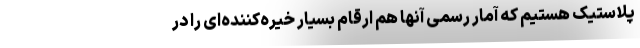
پلاستیک هستیم که آمار رسمی آنها هم ارقام بسیار خیره‌کننده‌ای را در